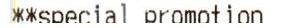
**SPECIAL PROMOTION